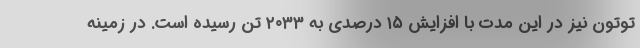
توتون نیز در این مدت با افزایش ۱۵ درصدی به ۲۰۳۳ تن رسیده است. در زمینه